Memorandum on the prevention of leprosy by segregation of the affected
Disease focus: Leprosy
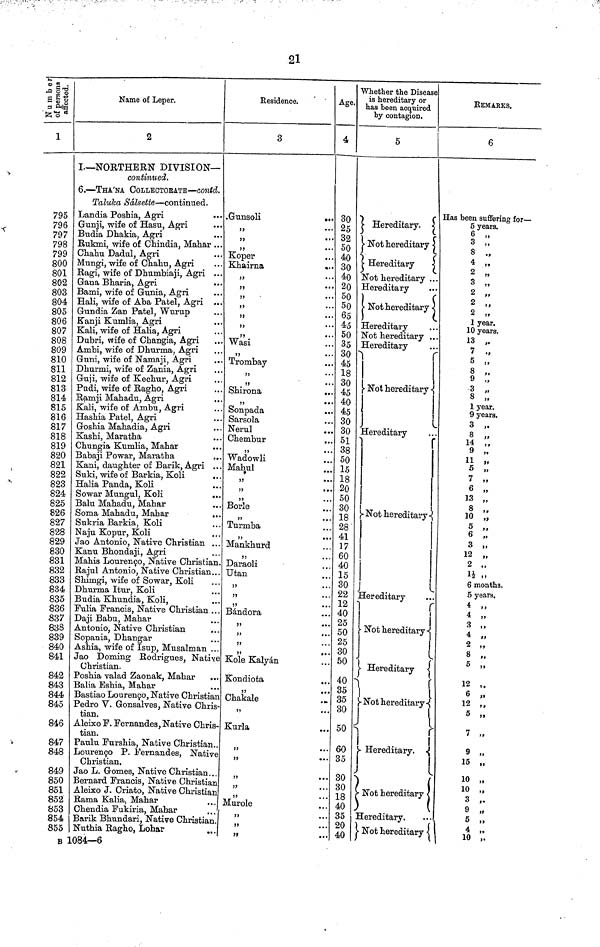
21
Number of peresons affected.
795
796
797
798
799
800
801
802
803
804
805
806
807
808
809
810
811
812
813
814
815
816
817
818
819
820
821
822
823
824
825
826
827
828
829
830
831
832
833
834
835
836
837
838
839
840
841
842
843
844
845
846
847
848
849
850
851
852
853
854
855
Name of Leper.
2
I.— NORTHERN DIVISION—
continued.
6. — THA'NA COLLECTOBATE — contd.
Taluka Sálsette — continued.
Landia Poshia, Agri
...
Gunji, wife of Hasu, Agri
Budia Dhakia, Agri
Rukmi, wife of Chindia, Mahar ..
Chahu Dadul, Agri
Mungi, wife of Chahu, Agri
Ragi, wife of Dhumbiaji, Agri ..
Gana Bharia, Agri
Bami, wife of Gunia, Agri
Hali, wife of Aba Patel, Agri ..
Gundia Zan Patel, Wurup
Kanji Kiimlia, Agri
Kali, wife of Halia., Agri
Dubri, wife of Changia, Agri
Ambi, wife of Dhurma., Agri
Gtmi, wife of Nanaaji, Agri
Dhurmi, wife of Zania, Agri
Guji, wife of Kechur, Agri
Pudi, wife of Ragho, Agri
Ramji Mahadu, Agri
Kali, wife of Ambu, Agri
Hasnia Patel, Agri
Goshia Mahadia, Agri
Kashi, Maratha
Chungia Kumlia, Mahar
Babaji Powar, Maratha
Kani, daughter of Barik, Agri ..
Suki, wife of Barkia, Koli
Halia Panda, Koli
Sowar Mungul, Koli
..
Balu Mahadu, Mahar
Soma Mahadu, Mahar
Sukria Barkia, Koli
Naju Kopur, Koli
Jao Antonio, Native Christian ..
Kanu Bhondaji, Agri
Mahis Lourenco, Native Christian
Rajul Antonio, Native Christian..
Shimgi, wife of Sowar, Koli
Dhurma Itur, Koli
Budia Khundia, Koli,
Fulia Francis, Native Christian ..
Daji Babu, Mahar
Antonio, Native Christian
Sopania, Dhangar
Ashia, wife of Isup, Musalman ...
Jao Doming Rodrigues, Native
Christian.
Poshia valad Zaonak, Mahar
Balia Eshia, Mahar
Bastiao Lourenco, Native Christian
Pedro V. Gonsalves, Native Chris
tian.
Aleixo F. Fernandes, Native Chris-
tian.
Paulu Furshia, Native Christian..
Loureco P. Fernandes, Native
Christian.
Jao L. Gomes, Native Christian . . .
Bernard Francis, Native Christian
Aleixo J. Criato, Native Christian
Rama Kalia, Mahar
Chendia Fukiria, Mahar
Barik Bhundari, Native Christian.
Nuthia Ragho, Lohar
Residence.
3
Gunsoli
"
"
"
Koper
Khairna
"
"
"
"
"
"
"
"
Trombay
"
Shiron
"
Sonpada
Sarsola
Nerul
Chembur
Wadowli
Mahul
"
Borle
Turmba
Mankhurd
Daraoli
Utan
"
"
Bandora
"
"
Kole Kalyan
Kondiota
Chakale
"
Kurla
"
"
"
"
Murole
"
"
Age.
4
30
25
32
50
40
30
40
20
50
50
65
45
50
35
30
45
18
30
45
40
45
30
30
51
38
50
15
18
20
50
30
18
28
41
17
60
40
15
30
22
12
40
25
50
25
30
50
40
35
35
30
50
60
85
80
30
18
40
35
20
40
Whether the Disease
is hereditary or
has been acquired
by contagion.
5
Hereditary.
Not hereditary
Hereditary
Not hereditary .
Hereditary
...
Not hereditary
Hereditary
Not hereditary ..
Hereditary
Not hereditary
Hereditary
Not hereditary-
Hereditary
Not hereditary
Hereditary
Not hereditary
Hereditary.
Not hereditary
Hereditary.
Not hereditary
REMARKS.
6
Has been suffering for—
5 years
6 "
3 "
4 "
3 "
2 "
2 "
2 "
1 year
10 years
13
"
7 "
5 "
8 "
9 "
3 "
8 "
1 year
9 years.
2 "
8 "
9 "
11 "
5 "
7 "
6 "
13 "
3 "
10 "
5 "
6 "
3 "
12 "
2 "
1 ½"
6 months.
5 years.
4 "
4 "
3
"
4 "
8 "
5 "
12 "
6
"
12 "
5 "
15 "
10 "
10 "
3 "
5 "
4 "
10 "
B 1084—6